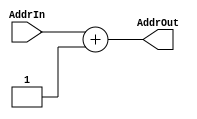
`timescale 1ns / 1ps
//////////////////////////////////////////////////////////////////////////////////
// Company: 
// Engineer: 
// 
// Design Name: 
// Module Name: retAddrAdder
// Project Name: 
// Target Devices: 
// Tool Versions: 
// Description: 
// 
// Dependencies: 
// 
// Revision:
// Revision 0.01 - File Created
// Additional Comments:
// 
//////////////////////////////////////////////////////////////////////////////////


module retAddrAdder(AddrIn,AddrOut);
  input[31:0] AddrIn;
  output[31:0] AddrOut;
  assign AddrOut=AddrIn+1;
endmodule